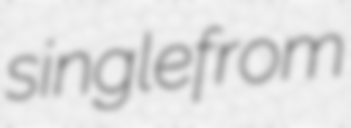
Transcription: single from